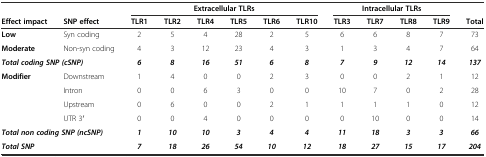
<table><thead><tr><td></td><td></td><td colspan="6"><b>Extracellular TLRs</b></td><td colspan="4"><b>Intracellular TLRs</b></td><td></td></tr><tr><td><b>Effect impact</b></td><td><b>SNP effect</b></td><td><b>TLR1</b></td><td><b>TLR2</b></td><td><b>TLR4</b></td><td><b>TLR5</b></td><td><b>TLR6</b></td><td><b>TLR10</b></td><td><b>TLR3</b></td><td><b>TLR7</b></td><td><b>TLR8</b></td><td><b>TLR9</b></td><td><b>Total</b></td></tr></thead><tbody><tr><td><b>Low</b></td><td>Syn coding</td><td>2</td><td>5</td><td>4</td><td>28</td><td>2</td><td>5</td><td>6</td><td>6</td><td>8</td><td>7</td><td>73</td></tr><tr><td><b>Moderate</b></td><td>Non-syn coding</td><td>4</td><td>3</td><td>12</td><td>23</td><td>4</td><td>3</td><td>1</td><td>3</td><td>4</td><td>7</td><td>64</td></tr><tr><td colspan="2"><b><i>Total coding SNP (cSNP)</i></b></td><td><b><i>6</i></b></td><td><b><i>8</i></b></td><td><b><i>16</i></b></td><td><b><i>51</i></b></td><td><b><i>6</i></b></td><td><b><i>8</i></b></td><td><b><i>7</i></b></td><td><b><i>9</i></b></td><td><b><i>12</i></b></td><td><b><i>14</i></b></td><td><b><i>137</i></b></td></tr><tr><td><b>Modifier</b></td><td>Downstream</td><td>1</td><td>4</td><td>0</td><td>0</td><td>2</td><td>3</td><td>0</td><td>0</td><td>2</td><td>1</td><td>12</td></tr><tr><td></td><td>Intron</td><td>0</td><td>0</td><td>6</td><td>3</td><td>0</td><td>0</td><td>10</td><td>7</td><td>0</td><td>2</td><td>28</td></tr><tr><td></td><td>Upstream</td><td>0</td><td>6</td><td>0</td><td>0</td><td>2</td><td>1</td><td>1</td><td>1</td><td>1</td><td>0</td><td>12</td></tr><tr><td></td><td>UTR 3′</td><td>0</td><td>0</td><td>4</td><td>0</td><td>0</td><td>0</td><td>0</td><td>10</td><td>0</td><td>0</td><td>14</td></tr><tr><td colspan="2"><b><i>Total non coding SNP (ncSNP)</i></b></td><td><b><i>1</i></b></td><td><b><i>10</i></b></td><td><b><i>10</i></b></td><td><b><i>3</i></b></td><td><b><i>4</i></b></td><td><b><i>4</i></b></td><td><b><i>11</i></b></td><td><b><i>18</i></b></td><td><b><i>3</i></b></td><td><b><i>3</i></b></td><td><b><i>66</i></b></td></tr><tr><td colspan="2"><b><i>Total SNP</i></b></td><td><b><i>7</i></b></td><td><b><i>18</i></b></td><td><b><i>26</i></b></td><td><b><i>54</i></b></td><td><b><i>10</i></b></td><td><b><i>12</i></b></td><td><b><i>18</i></b></td><td><b><i>27</i></b></td><td><b><i>15</i></b></td><td><b><i>17</i></b></td><td><b><i>204</i></b></td></tr></tbody></table>